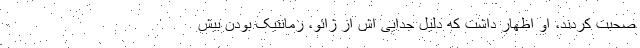
صحبت کردند، او اظهار داشت که دلیل جدایی اش از ژائو، رمانتیک بودن بیش